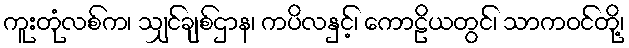
ကူးတုံလစ်က၊ သျှင်ချစ်ဌာန၊ ကပိလနှင့်၊ ကောဠိယတွင်၊ သာကဝင်တို့၊